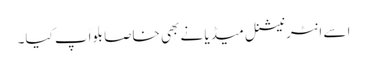
اسے انٹرنیشنل میڈیا نے بھی خاصا بلواَپ کیا۔